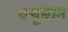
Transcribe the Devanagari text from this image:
क्यूबान